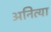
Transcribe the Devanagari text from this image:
अनित्या